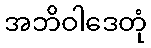
အဘိဝါဒေတုံ